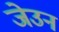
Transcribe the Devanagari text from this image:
जेउन